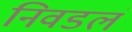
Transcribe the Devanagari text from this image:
निवडलं